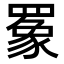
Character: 𬙧